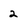
Character: 2